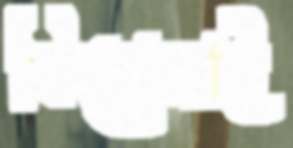
ফিরোজাই